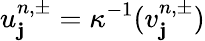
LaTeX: u_{\mathbf{j}}^{n,\pm}=\kappa^{-1}(v_{\mathbf{j}}^{n,\pm})